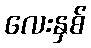
လေးနှစ်